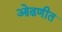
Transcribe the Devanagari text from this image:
ओढणीत